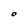
Character: O